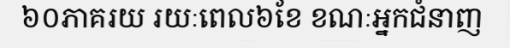
៦០ភាគរយ រយៈពេល៦ខែ ខណៈអ្នកជំនាញ